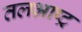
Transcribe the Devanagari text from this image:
तलभ्राष्ट्र